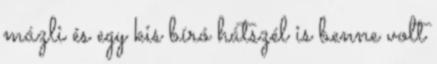
mázli és egy kis bíró hátszél is benne volt